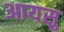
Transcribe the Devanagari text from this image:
आयसु